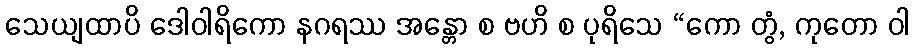
သေယျထာပိ ဒေါဝါရိကော နဂရဿ အန္တော စ ဗဟိ စ ပုရိသေ “ကော တွံ, ကုတော ဝါ